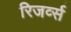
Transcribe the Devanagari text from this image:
रिजर्व्स